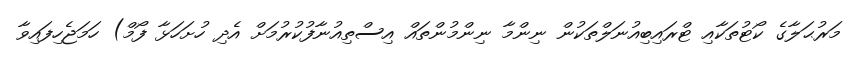
މަރުޙަލާގެ ކޯޓުތަކާއި ޓްރައިބިއުނަލްތަކުން ނިންމާ ނިންމުންތައް އިސްތިއުނާފުކުރުމަށް އެދި ހުށަހަޅާ ފޯމް) ހަމަޖެހިފައިވާ